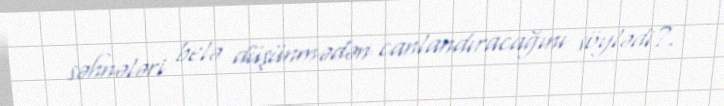
səhnələri belə düşünmədən canlandıracağını söylədi?.